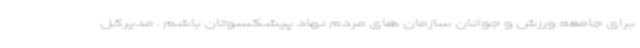
برای جامعه ورزش و جوانان سازمان های مردم نهاد پیشکسوتان باشم . مدیرکل